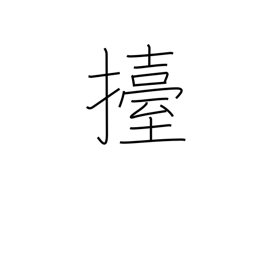
Meaning: lift